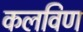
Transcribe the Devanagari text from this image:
कलविण